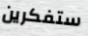
ستفكرين